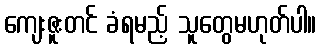
ကျေးဇူးတင် ခံရမည့် သူတွေမဟုတ်ပါ။